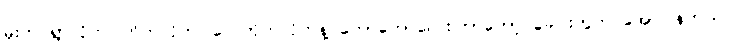
မိုးက ရွာလိုက်၊ တိတ်လိုက်၊ လေတိုက်လိုက်နဲ့ တော်တော်လေးကြာတော့ ခေါင်းတွဲက အော်ပြန်တယ်။